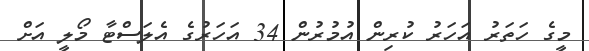
މީގެ ހަތަރު އަހަރު ކުރިން އުމުރުން 34 އަހަރުގެ އެލަސްޓާ މޯލީ އަށް